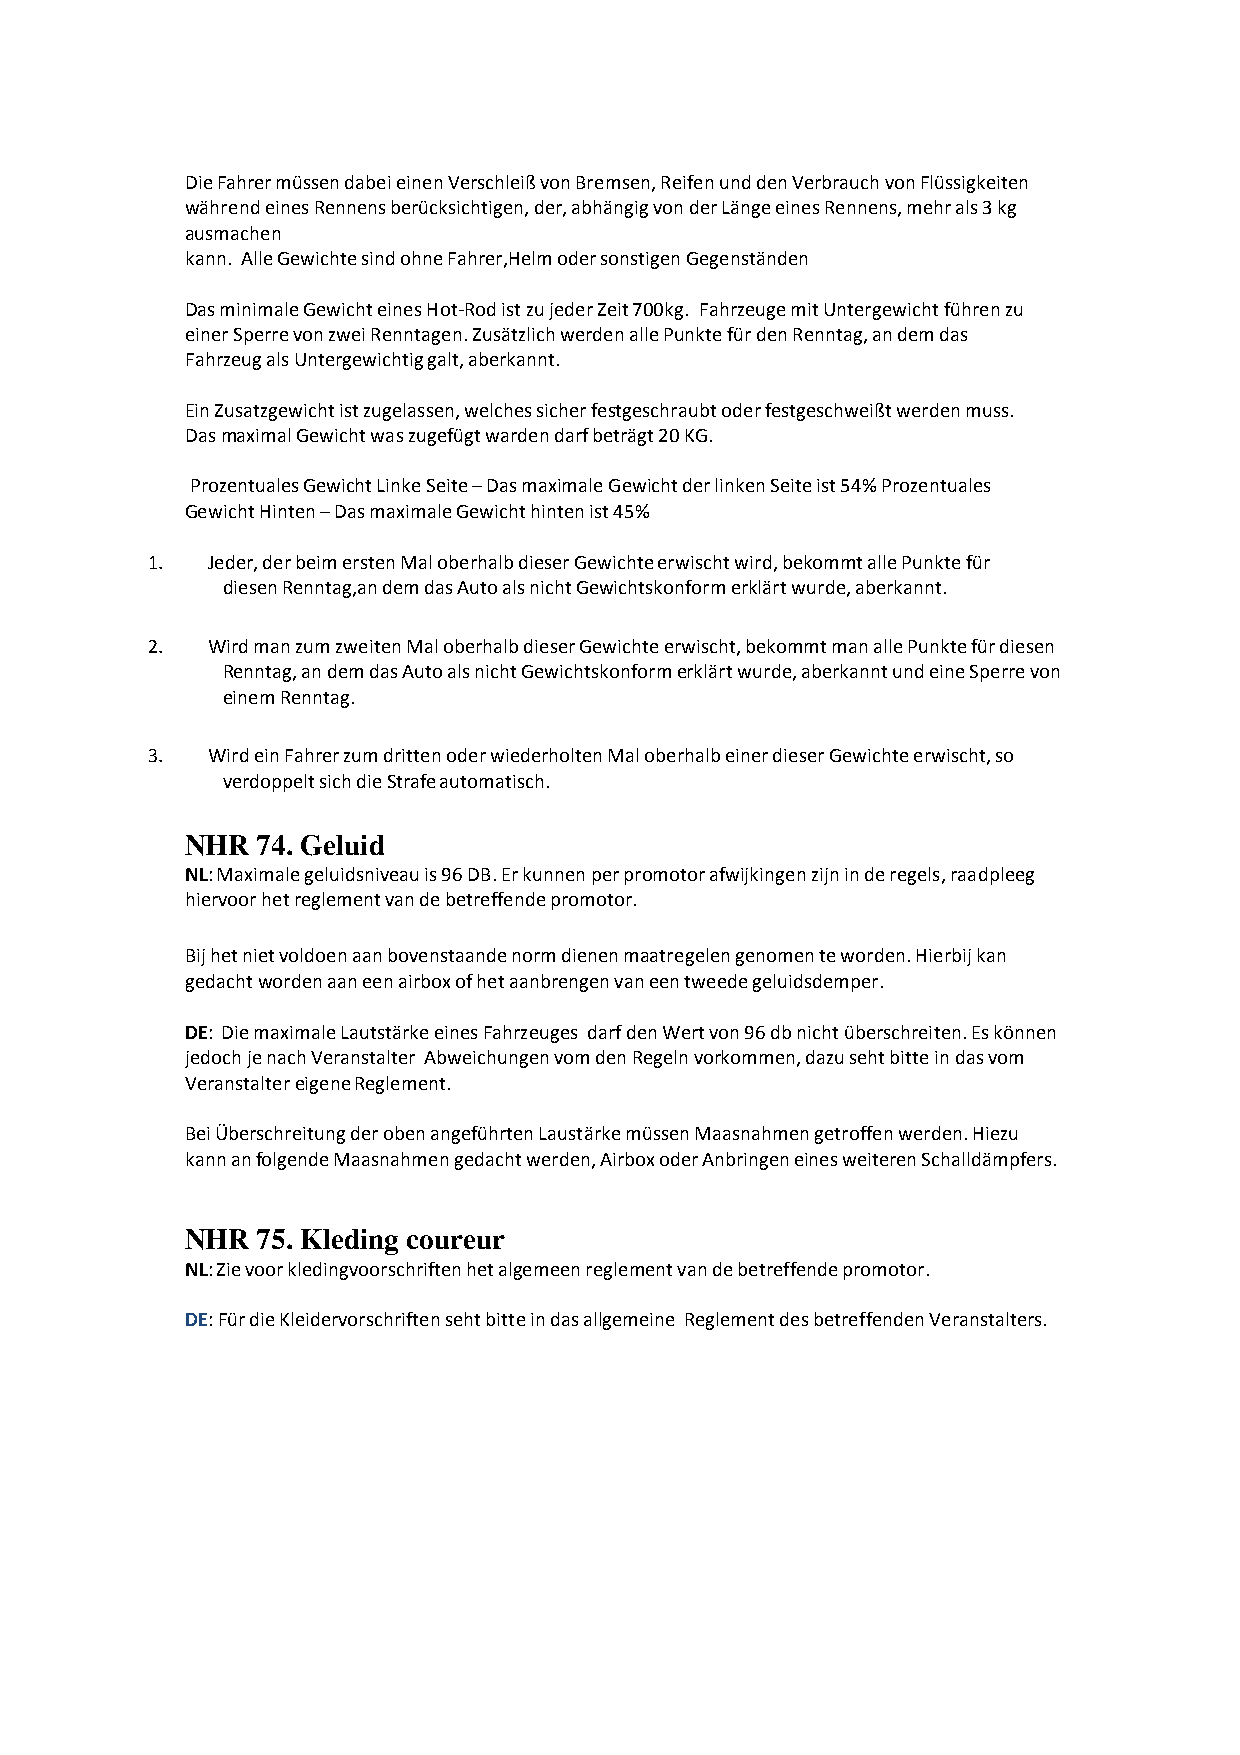
Die Fahrer müssen dabei einen Verschleiß von Bremsen, Reifen und den Verbrauch von Flüssigkeiten
 während eines Rennens berücksichtigen, der, abhängig von der Länge eines Rennens, mehr als 3 kg
 ausmachen
 kann. Alle Gewichte sind ohne Fahrer,Helm oder sonstigen Gegenständen
 Das minimale Gewicht eines Hot-Rod ist zu jeder Zeit 700kg. Fahrzeuge mit Untergewicht führen zu
 einer Sperre von zwei Renntagen. Zusätzlich werden alle Punkte für den Renntag, an dem das
 Fahrzeug als Untergewichtig galt, aberkannt.
 Ein Zusatzgewicht ist zugelassen, welches sicher festgeschraubt oder festgeschweißt werden muss.
 Das maximal Gewicht was zugefügt warden darf beträgt 20 KG.
 Prozentuales Gewicht Linke Seite – Das maximale Gewicht der linken Seite ist 54% Prozentuales
 Gewicht Hinten – Das maximale Gewicht hinten ist 45%
 1.  Jeder, der beim ersten Mal oberhalb dieser Gewichte erwischt wird, bekommt alle Punkte für
 diesen Renntag,an dem das Auto als nicht Gewichtskonform erklärt wurde, aberkannt.
 2.  Wird man zum zweiten Mal oberhalb dieser Gewichte erwischt, bekommt man alle Punkte für diesen
 Renntag, an dem das Auto als nicht Gewichtskonform erklärt wurde, aberkannt und eine Sperre von
 einem Renntag.
 3.  Wird ein Fahrer zum dritten oder wiederholten Mal oberhalb einer dieser Gewichte erwischt, so
 verdoppelt sich die Strafe automatisch.
 NHR  74. Geluid
 NL: Maximale geluidsniveau is 96 DB. Er kunnen per promotor afwijkingen zijn in de regels, raadpleeg
 hiervoor het reglement van de betreffende promotor.
 Bij het niet voldoen aan bovenstaande norm dienen maatregelen genomen te worden. Hierbij kan
 gedacht worden aan een airbox of het aanbrengen van een tweede geluidsdemper.
 DE: Die maximale Lautstärke eines Fahrzeuges darf den Wert von 96 db nicht überschreiten. Es können
 jedoch je nach Veranstalter Abweichungen vom den Regeln vorkommen, dazu seht bitte in das vom
 Veranstalter eigene Reglement.
 Bei Überschreitung der oben angeführten Laustärke müssen Maasnahmen getroffen werden. Hiezu
 kann an folgende Maasnahmen gedacht werden, Airbox oder Anbringen eines weiteren Schalldämpfers.
 NHR  75. Kleding coureur
 NL: Zie voor kledingvoorschriften het algemeen reglement van de betreffende promotor.
 DE: Für die Kleidervorschriften seht bitte in das allgemeine Reglement des betreffenden Veranstalters.